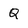
Character: Q